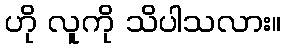
ဟို လူကို သိပါသလား။